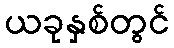
ယခုနှစ်တွင်